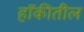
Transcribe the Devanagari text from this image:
हॉकीतील